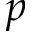
p